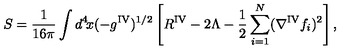
S = \frac { 1 } { 1 6 \pi } \int d ^ { 4 } \! x ( - g ^ { \mathrm { I V } } ) ^ { 1 / 2 } \left[ R ^ { \mathrm { I V } } - 2 \Lambda - \frac { 1 } { 2 } \sum _ { i = 1 } ^ { N } ( \nabla ^ { \mathrm { I V } } f _ { i } ) ^ { 2 } \right] ,